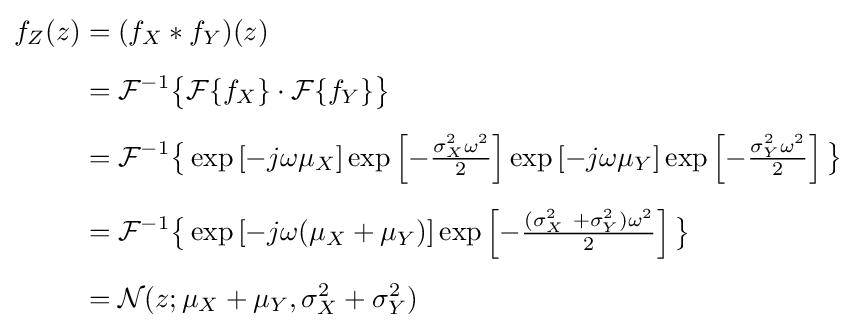
{\begin{aligned}f_{Z}(z)&=(f_{X}*f_{Y})(z)\\[5pt]&={\mathcal {F}}^{-1}{\big \{}{\mathcal {F}}\{f_{X}\}\cdot {\mathcal {F}}\{f_{Y}\}{\big \}}\\[5pt]&={\mathcal {F}}^{-1}{\big \{}\exp \left[-j\omega \mu _{X}\right]\exp \left[-{\tfrac {\sigma _{X}^{2}\omega ^{2}}{2}}\right]\exp \left[-j\omega \mu _{Y}\right]\exp \left[-{\tfrac {\sigma _{Y}^{2}\omega ^{2}}{2}}\right]{\big \}}\\[5pt]&={\mathcal {F}}^{-1}{\big \{}\exp \left[-j\omega (\mu _{X}+\mu _{Y})\right]\exp \left[-{\tfrac {(\sigma _{X}^{2}\ +\sigma _{Y}^{2})\omega ^{2}}{2}}\right]{\big \}}\\[5pt]&={\mathcal {N}}(z;\mu _{X}+\mu _{Y},\sigma _{X}^{2}+\sigma _{Y}^{2})\end{aligned}}